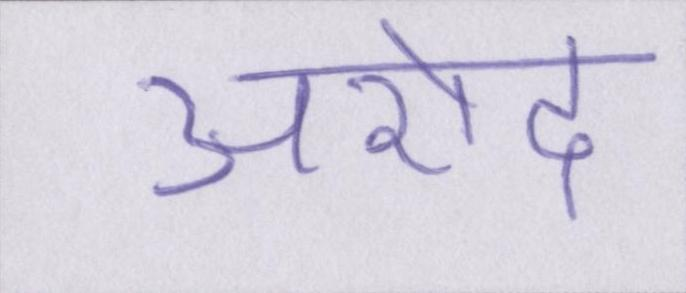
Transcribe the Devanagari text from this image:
अरोद